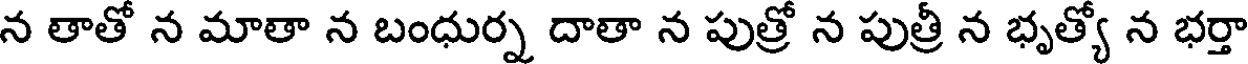
న తాతో న మాతా న బంధుర్న దాతా న పుత్రో న పుత్రీ న భృత్యో న భర్తా